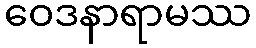
ဝေဒနာရာမဿ